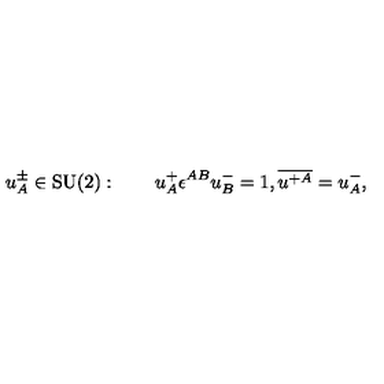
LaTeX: u _ { A } ^ { \pm } \in \mathrm { S U ( 2 ) } : \qquad u _ { A } ^ { + } \epsilon ^ { A B } u _ { B } ^ { - } = 1 , \overline { { u ^ { + A } } } = u _ { A } ^ { - } ,